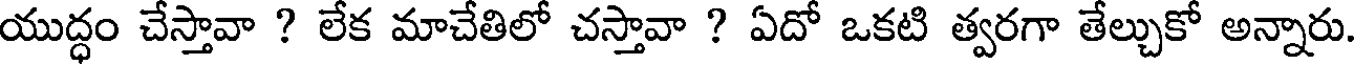
యుద్ధం చేస్తావా ? లేక మాచేతిలో చస్తావా ? ఏదో ఒకటి త్వరగా తేల్చుకో అన్నారు.